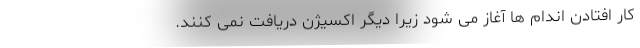
کار افتادن اندام ها آغاز می شود زیرا دیگر اکسیژن دریافت نمی کنند.